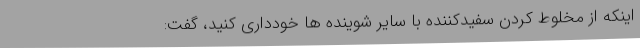
اینکه از مخلوط کردن سفیدکننده با سایر شوینده ها خودداری کنید، گفت: